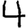
Digit: 4